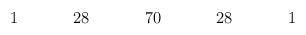
LaTeX: \begin{align*}\begin{array}{ccccccccccccccccc}1&&&&28&&&&70&&&&28&&&&1\\\end{array}\end{align*}